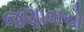
જણાવાયો